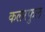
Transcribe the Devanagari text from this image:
कलरफुल